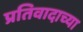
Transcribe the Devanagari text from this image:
प्रतिवादाच्या